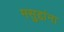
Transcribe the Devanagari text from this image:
मसुद्दांना